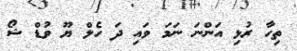
ތިހާ ރުޅި އަންނަ ނަމަ ވައި ދަ ހެލް ޔޫ ވުޑް ޝޯ